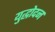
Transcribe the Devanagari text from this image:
युद्धोदन